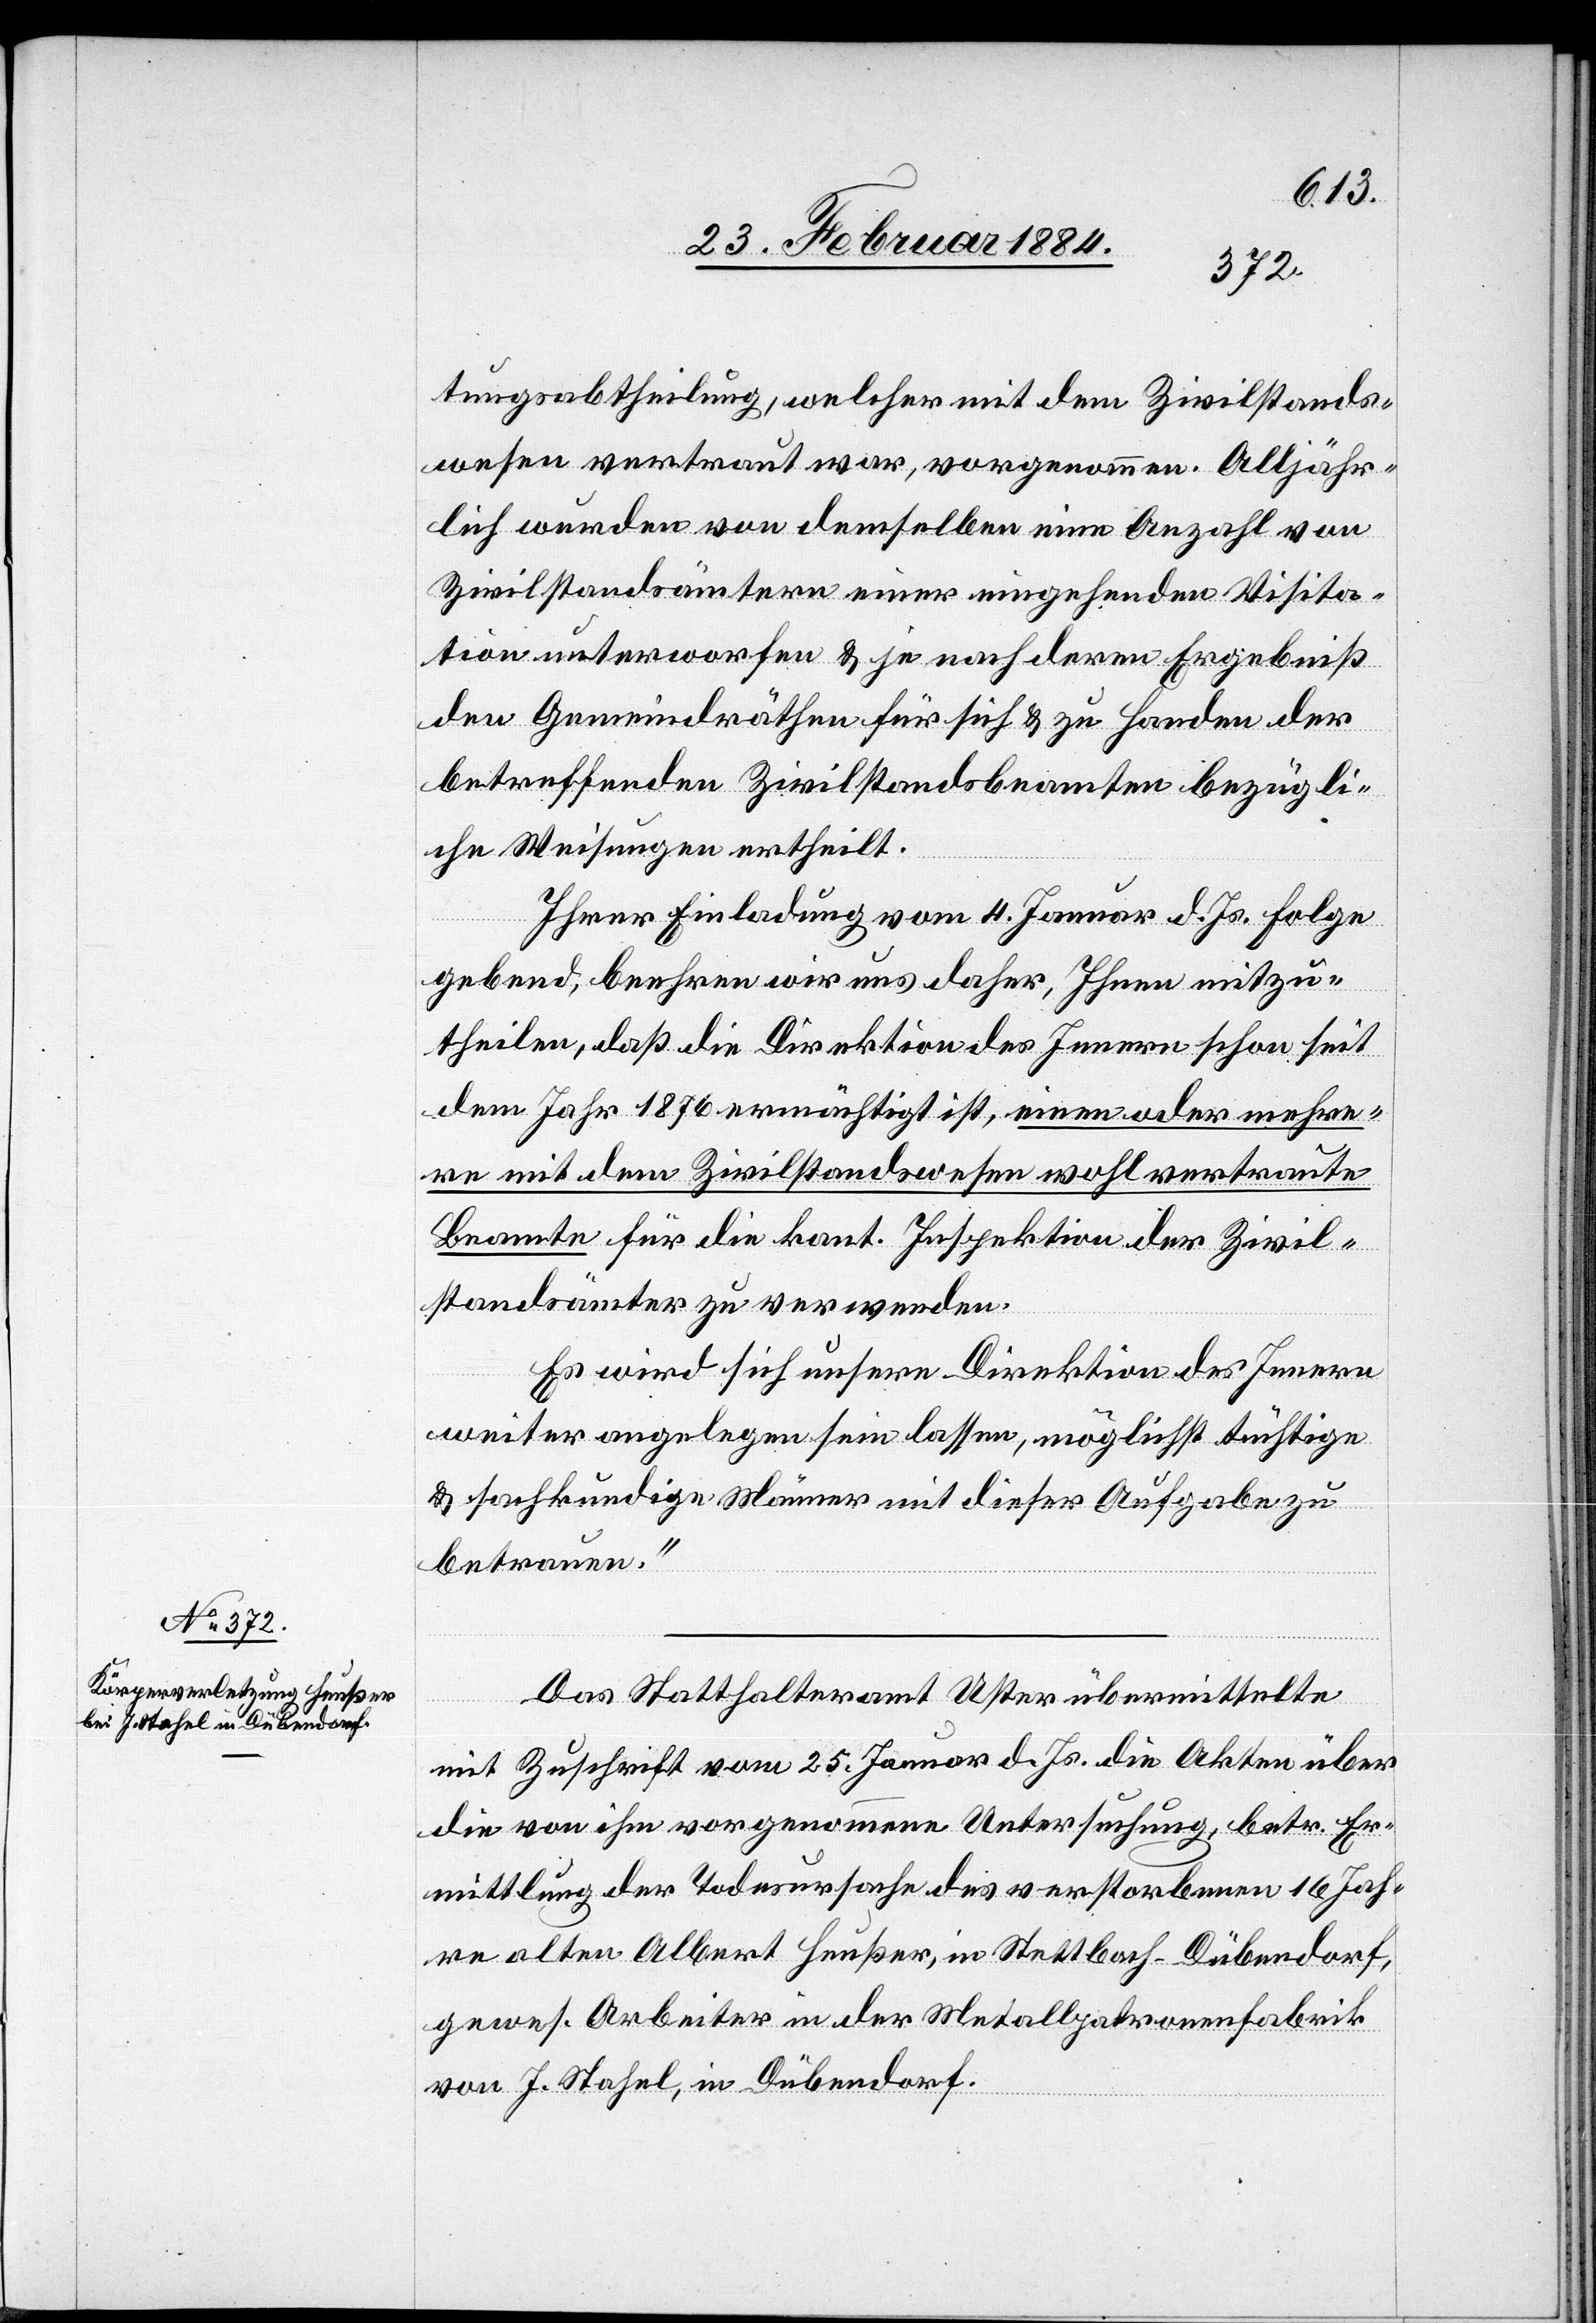
tungsabtheilung, welcher mit dem Zivilstandes¬
wesen vertraut war, vorgenommen. Alljähr¬
lich wurden von demselben eine Anzahl von
Zivilstandesbeamten einer eingehenden Visita¬
tion unterworfen & je nach deren Ergebniß
den Gemeindräthen für sich & zu Handen der
betreffenden Zivilstandesbeamten bezügli¬
chen Weisungen ertheilt.
Ihrer Einladung vom 4. Januar d. Js. Folge
gebend, beehren wir uns daher, Ihnen mitzu¬
theilen, daß die Direktion des Innern schon seit
dem Jahr 1876 ermächtigt ist, einen oder mehre¬
re mit dem Zivilstandswesen wohl vertraute
Beamte für die kant. Inspektion der Zivil¬
standesämter zu verwenden.
Es wird sich unsere Direktion des Innern
weiter angelegen sein lassen, möglichst tüchtige
& sachkundige Männer mit dieser Aufgabe zu
betrauen.“
Das Statthalteramt Uster übermittelte
mit Zuschrift vom 25. Januar d. Js. die Akten über
die von ihm vorgenommene Untersuchung, betr. Er¬
mittlung der Todesursache des verstorbenen 16 Jah¬
re alten Albert Heußer, in Stettbach - Dübendorf,
gewes. Arbeiter in der Metallpatronenfabrik
von J. Stahel, in Dübendorf.